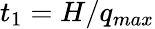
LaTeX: t_{1}=H/q_{max}